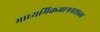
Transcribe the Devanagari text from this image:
माध्यमिकआश्रमशाळा